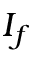
I _ { f }